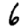
Digit: 6